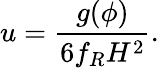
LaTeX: u=\frac{g(\phi)}{6f_{R}H^{2}}.